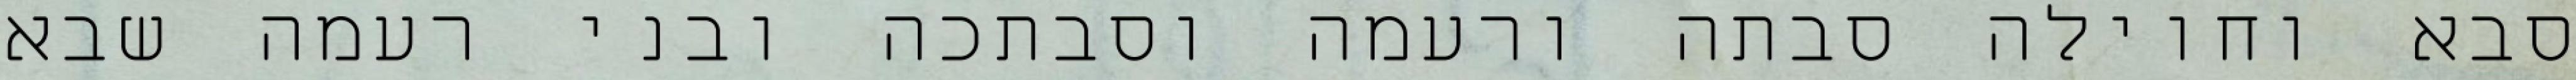
סבא וחוילה סבתה ורעמה וסבתכה ובני רעמה שבא